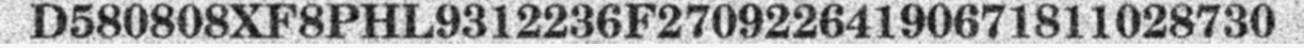
D580808XF8PHL9312236F27092264190671811028730